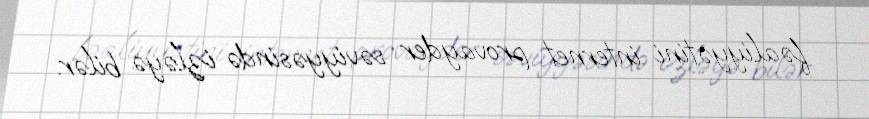
fəaliyyətini internet provayder səviyyəsində izləyə bilər.